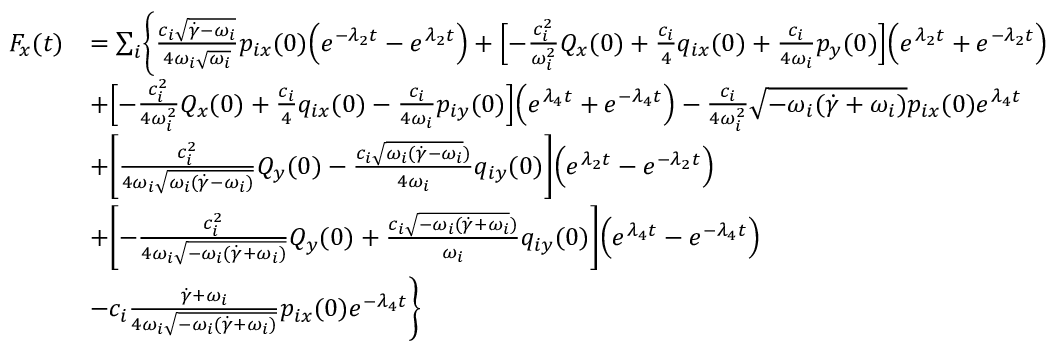
\begin{array} { r l } { F _ { x } ( t ) } & { = \sum _ { i } \Biggl \{ \frac { c _ { i } \sqrt { \dot { \gamma } - \omega _ { i } } } { 4 \omega _ { i } \sqrt { \omega _ { i } } } p _ { i x } ( 0 ) \Bigl ( e ^ { - \lambda _ { 2 } t } - e ^ { \lambda _ { 2 } t } \Bigr ) + \Bigl [ - \frac { c _ { i } ^ { 2 } } { \omega _ { i } ^ { 2 } } Q _ { x } ( 0 ) + \frac { c _ { i } } { 4 } q _ { i x } ( 0 ) + \frac { c _ { i } } { 4 \omega _ { i } } p _ { y } ( 0 ) \Bigr ] \Bigl ( e ^ { \lambda _ { 2 } t } + e ^ { - \lambda _ { 2 } t } \Bigr ) } \\ & { + \Bigl [ - \frac { c _ { i } ^ { 2 } } { 4 \omega _ { i } ^ { 2 } } Q _ { x } ( 0 ) + \frac { c _ { i } } { 4 } q _ { i x } ( 0 ) - \frac { c _ { i } } { 4 \omega _ { i } } p _ { i y } ( 0 ) \Bigr ] \Bigl ( e ^ { \lambda _ { 4 } t } + e ^ { - \lambda _ { 4 } t } \Bigr ) - \frac { c _ { i } } { 4 \omega _ { i } ^ { 2 } } \sqrt { - \omega _ { i } ( \dot { \gamma } + \omega _ { i } ) } p _ { i x } ( 0 ) e ^ { \lambda _ { 4 } t } } \\ & { + \Biggl [ \frac { c _ { i } ^ { 2 } } { 4 \omega _ { i } \sqrt { \omega _ { i } ( \dot { \gamma } - \omega _ { i } ) } } Q _ { y } ( 0 ) - \frac { c _ { i } \sqrt { \omega _ { i } ( \dot { \gamma } - \omega _ { i } } ) } { 4 \omega _ { i } } q _ { i y } ( 0 ) \Biggr ] \Bigr ( e ^ { \lambda _ { 2 } t } - e ^ { - \lambda _ { 2 } t } \Bigr ) } \\ & { + \Biggl [ - \frac { c _ { i } ^ { 2 } } { 4 \omega _ { i } \sqrt { - \omega _ { i } ( \dot { \gamma } + \omega _ { i } ) } } Q _ { y } ( 0 ) + \frac { c _ { i } \sqrt { - \omega _ { i } ( \dot { \gamma } + \omega _ { i } } ) } { \omega _ { i } } q _ { i y } ( 0 ) \Biggr ] \Bigr ( e ^ { \lambda _ { 4 } t } - e ^ { - \lambda _ { 4 } t } \Bigr ) } \\ & { - c _ { i } \frac { \dot { \gamma } + \omega _ { i } } { 4 \omega _ { i } \sqrt { - \omega _ { i } ( \dot { \gamma } + \omega _ { i } ) } } p _ { i x } ( 0 ) e ^ { - \lambda _ { 4 } t } \Biggr \} } \end{array}